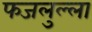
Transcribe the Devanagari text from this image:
फजलुल्ला